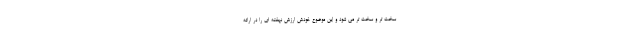
سخت تر و سخت تر می شود و این موضوع خودش ارزش نهفته ای را در ارائه